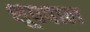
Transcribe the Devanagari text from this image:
शूपपाल